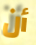
أن